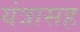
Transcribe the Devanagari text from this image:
यंत्रासह